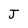
Character: J